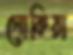
নোকিয়া